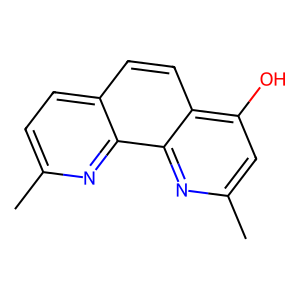
SMILES: Cc1ccc2ccc3c(O)cc(C)nc3c2n1
Inhibits HIV replication: No